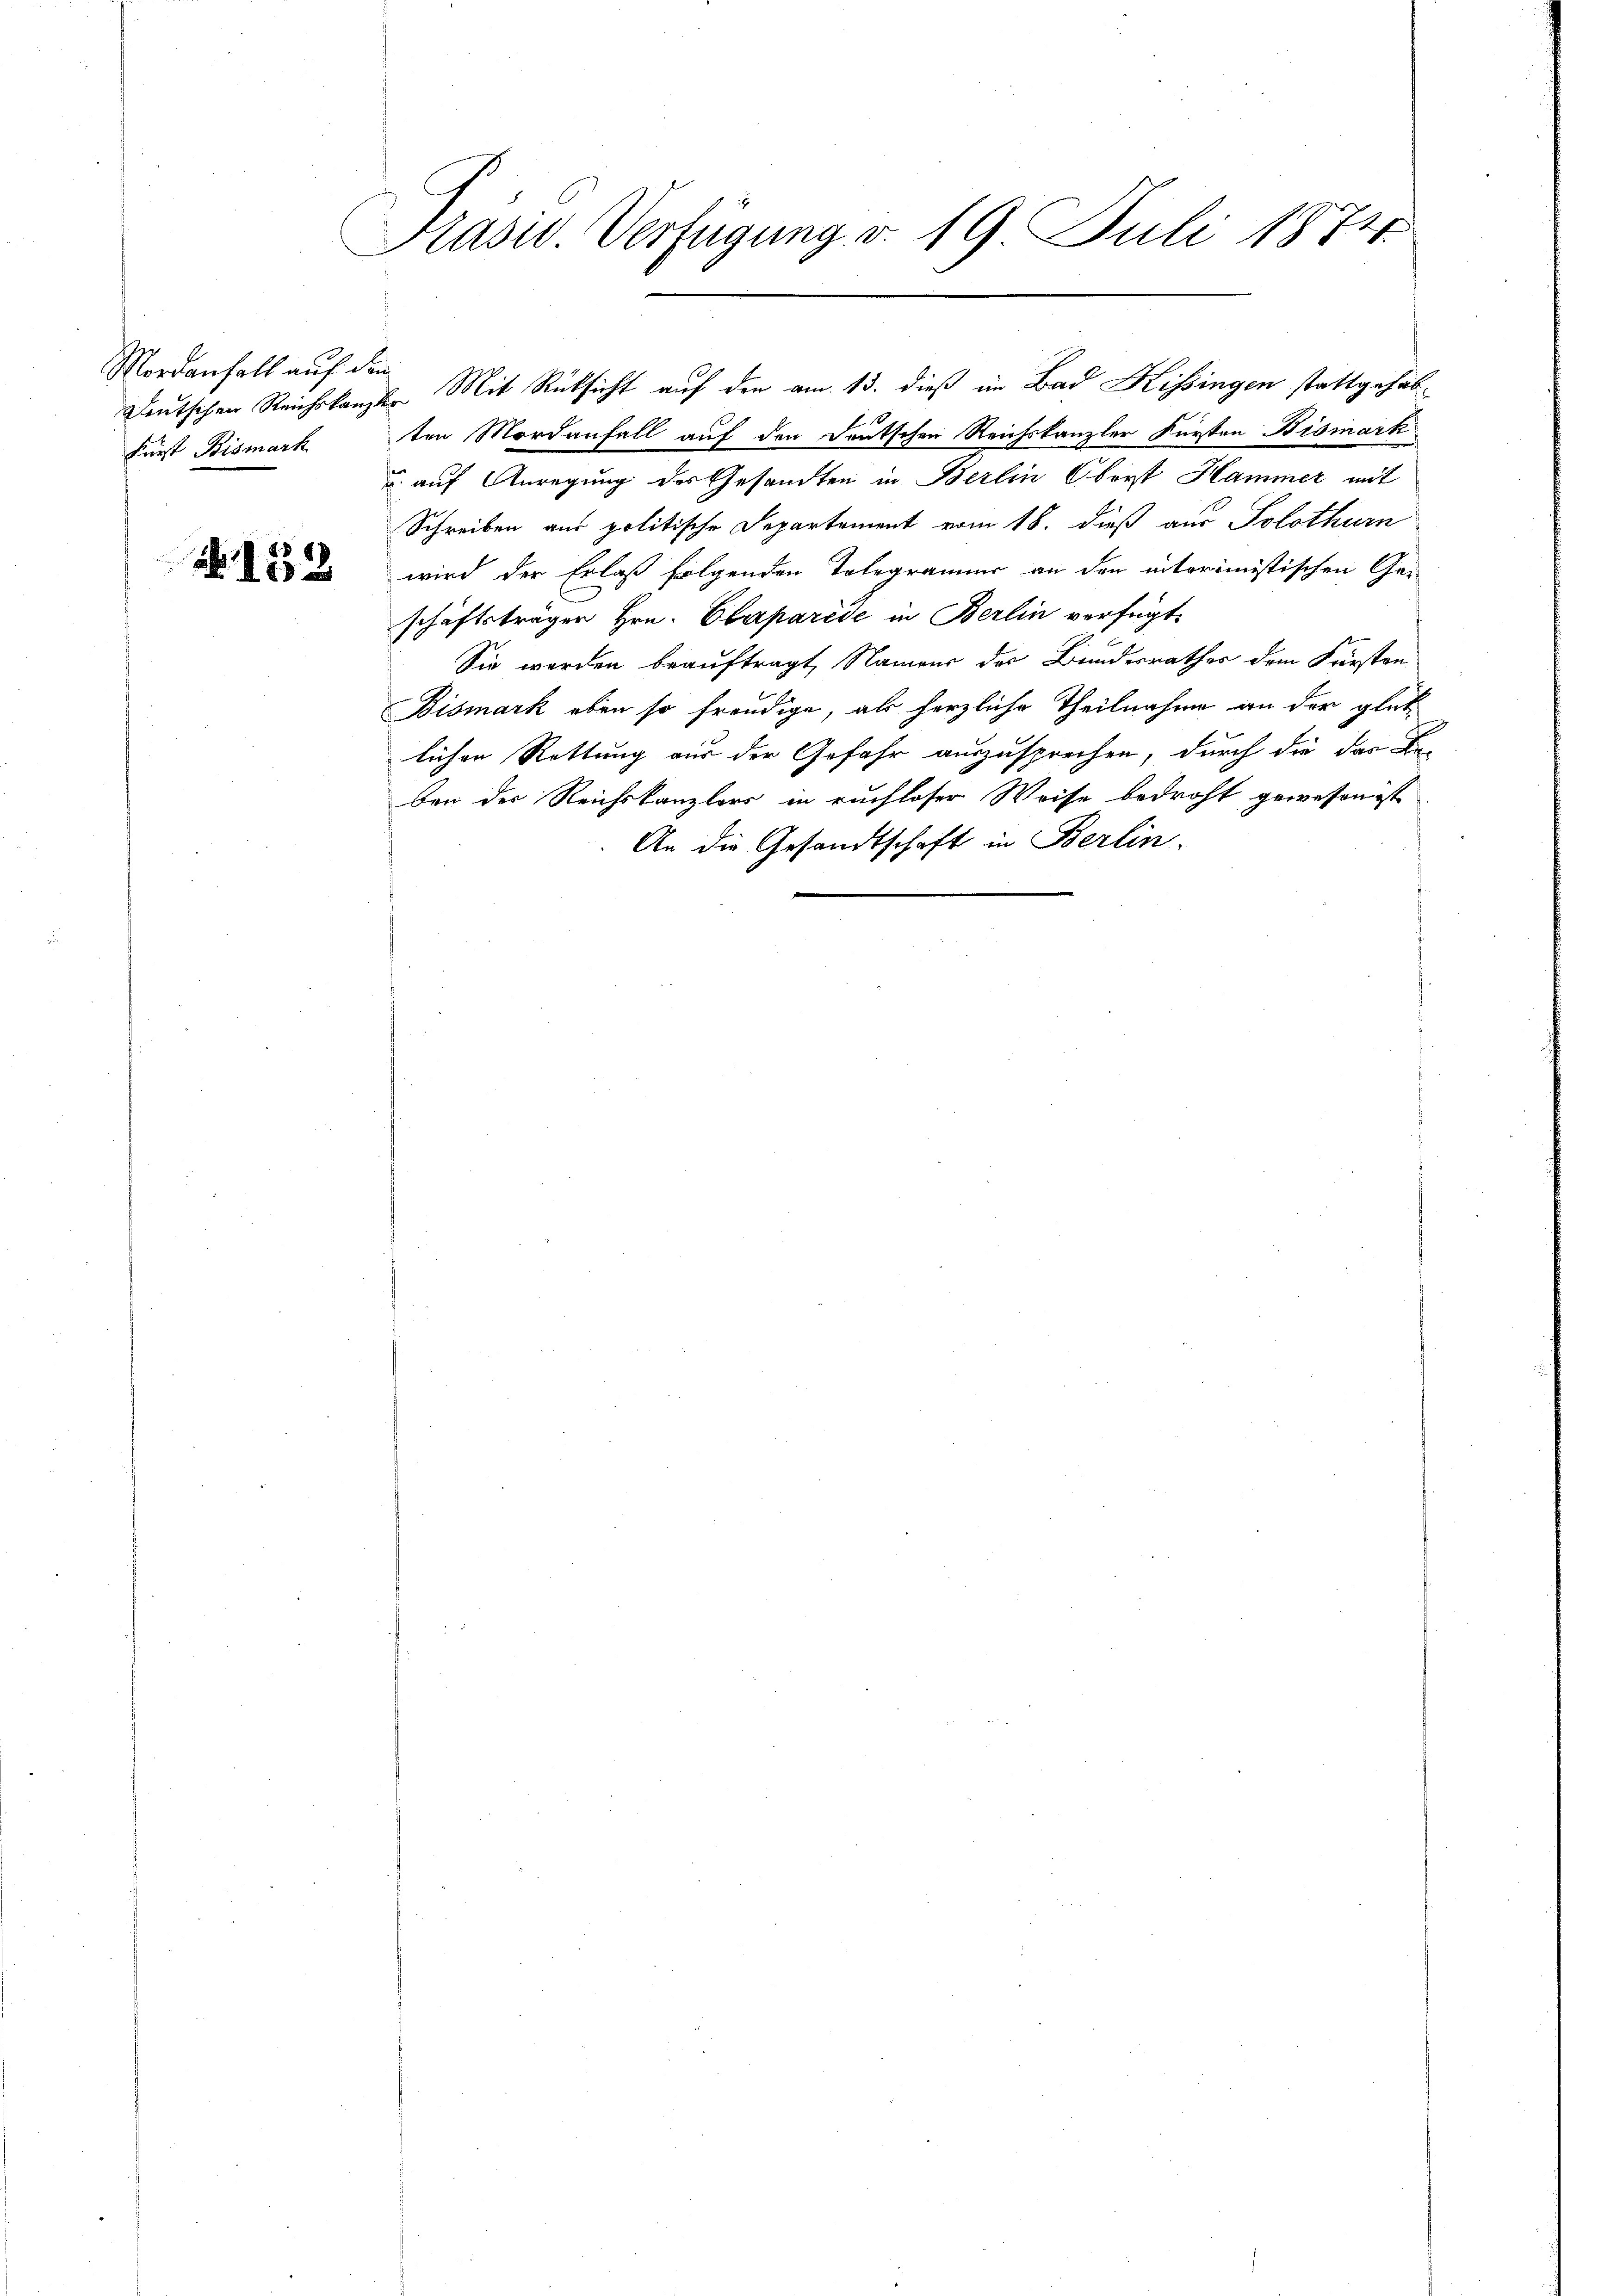
Mordanfall auf den
First Bismark

N 153

Präsid. Verfügung d. 19 Juli 1874.

.
ten Mordanfall auf den Deutschen Reichskanzler Fürsten Bismark
 auf Anregung des Gesandten in Berlin Oberst Hammer mit
Schreiben aus politische Departement vom 18. dieß aus Solothurn
wird der Erlaß folgenden Telegrammer an den interimistischen Geschäftsträger Hrn. Claparise in Berlin verfügt,
Sie werden beauftragt, Namens des Bundesrathes dem Fürsten
Bismark eben so freudige, als herzliche Theilnahme an der glück
lichen Rettung aus der Gefahr auszusprechen, durch die das Be-
ben der Reichskanzlers in ruchloser Weise bedroht gewesen ist
An die Gesandtschaft in Berlin.

Deutschen Reichskanzler Mit Rücksicht auf den am 13. dieß im Bad Kissingen stattgehab¬